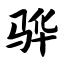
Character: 骅